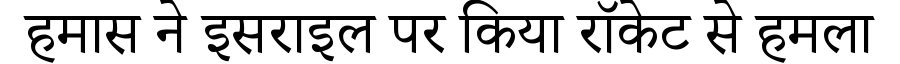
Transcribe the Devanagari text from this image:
हमास ने इसराइल पर किया रॉकेट से हमला